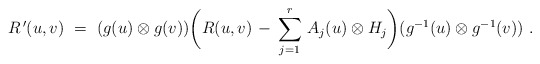
\begin{align*}R^{\,\prime}(u,v)~ =~(g(u) \otimes g(v)) \biggl( R(u,v) \, - \, \sum_{j=1}^r \, A_j(u) \otimes H_j \biggr) (g^{-1}(u) \otimes g^{-1}(v))~.\end{align*}